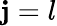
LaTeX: \mathbf{j}=l